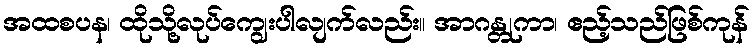
အထစပန၊ ထိုသို့လုပ်ကျွေးပါလျက်လည်း။ အာဂန္တုကာ၊ ဧည့်သည်ဖြစ်ကုန်